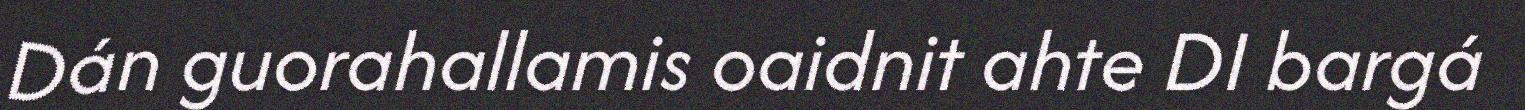
Dán guorahallamis oaidnit ahte DI bargá